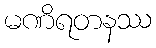
မဏိရတနဿ